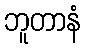
ဘူတာနံ